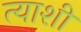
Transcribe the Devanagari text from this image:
त्याशीं